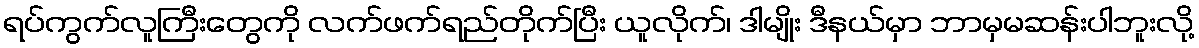
ရပ်ကွက်လူကြီးတွေကို လက်ဖက်ရည်တိုက်ပြီး ယူလိုက်၊ ဒါမျိုး ဒီနယ်မှာ ဘာမှမဆန်းပါဘူးလို့